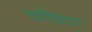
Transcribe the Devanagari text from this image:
काँक्रिटचा